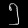
Digit: ၅